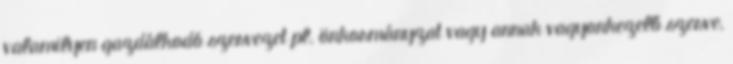
valamilyen gazdálkodó szervezet pl. önkormányzat vagy annak vagyonkezelő szerve,